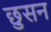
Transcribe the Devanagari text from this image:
छुसन